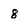
Character: g